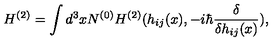
H ^ { ( 2 ) } = \int d ^ { 3 } x N ^ { ( 0 ) } H ^ { ( 2 ) } ( h _ { i j } ( x ) , - i \hbar \frac { \delta } { \delta h _ { i j } ( x ) } ) ,